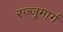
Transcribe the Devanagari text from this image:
रज्जूमार्ग